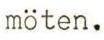
möten.